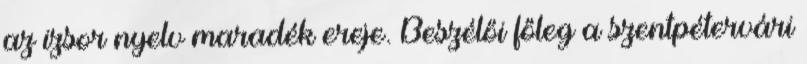
az izsor nyelv maradék ereje. Beszélői főleg a szentpétervári